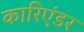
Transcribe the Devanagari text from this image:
कारिएंडर